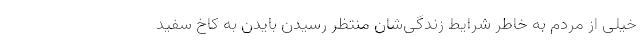
خیلی از مردم به خاطر شرایط زندگی‌شان منتظر رسیدن بایدن به کاخ سفید